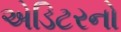
એડિટરનો